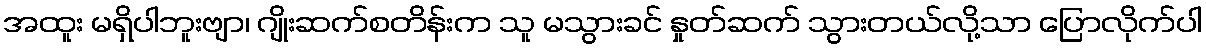
အထူး မရှိပါဘူးဗျာ၊ ဂျိုးဆက်စတိန်းက သူ မသွားခင် နှုတ်ဆက် သွားတယ်လို့သာ ပြောလိုက်ပါ